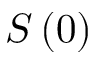
S \left( 0 \right)